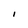
Character: i